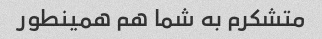
متشکرم به شما هم همینطور